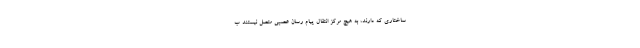
ساختاری که دارند، به هیچ مرکز انتقال پیام رسان عصبی متصل نیستند ب